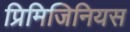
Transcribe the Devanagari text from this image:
प्रिमिजिनियस